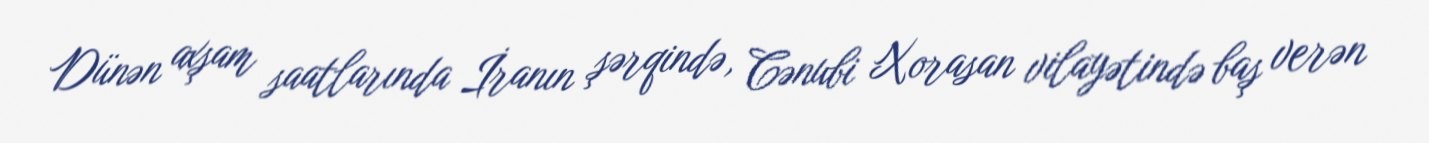
Dünən axşam saatlarında İranın şərqində, Cənubi Xorasan vilayətində baş verən